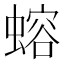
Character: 𬠣